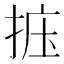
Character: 𪭽